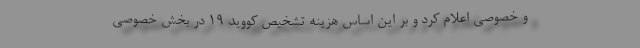
و خصوصی اعلام کرد و بر این اساس هزینه تشخیص کووید ۱۹ در بخش خصوصی